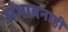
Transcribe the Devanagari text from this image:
संभावनाही